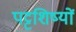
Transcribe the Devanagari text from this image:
पट्टशिष्यों